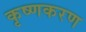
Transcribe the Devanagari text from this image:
कृष्णकरण